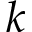
k